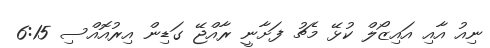
ނިއު އާއި އައިޒޯލް ކުޅޭ މެޗު ފަށާނީ ރާއްޖޭ ގަޑިން އިރުއޮއްސި 6:15